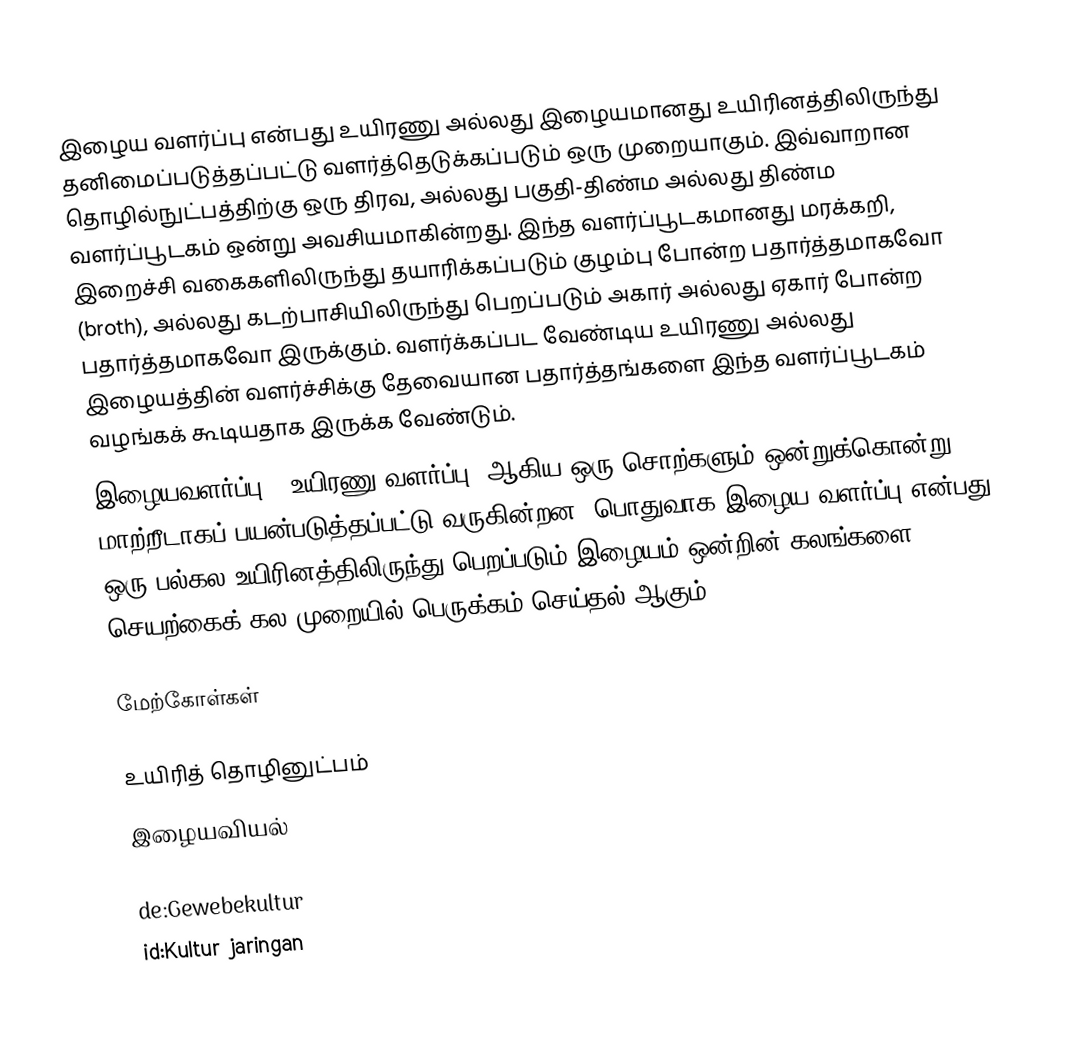
இழைய வளர்ப்பு என்பது உயிரணு அல்லது இழையமானது உயிரினத்திலிருந்து தனிமைப்படுத்தப்பட்டு வளர்த்தெடுக்கப்படும் ஒரு முறையாகும். இவ்வாறான தொழில்நுட்பத்திற்கு ஒரு திரவ, அல்லது பகுதி-திண்ம அல்லது திண்ம வளர்ப்பூடகம் ஒன்று அவசியமாகின்றது. இந்த வளர்ப்பூடகமானது மரக்கறி, இறைச்சி வகைகளிலிருந்து தயாரிக்கப்படும் குழம்பு போன்ற பதார்த்தமாகவோ (broth), அல்லது கடற்பாசியிலிருந்து பெறப்படும் அகார் அல்லது ஏகார் போன்ற பதார்த்தமாகவோ இருக்கும். வளர்க்கப்பட வேண்டிய உயிரணு அல்லது இழையத்தின் வளர்ச்சிக்கு தேவையான பதார்த்தங்களை இந்த வளர்ப்பூடகம் வழங்கக் கூடியதாக இருக்க வேண்டும்.
இழையவளர்ப்பு, 'உயிரணு வளர்ப்பு' ஆகிய ஒரு சொற்களும் ஒன்றுக்கொன்று மாற்றீடாகப் பயன்படுத்தப்பட்டு வருகின்றன. பொதுவாக இழைய வளர்ப்பு என்பது ஒரு பல்கல உயிரினத்திலிருந்து பெறப்படும் இழையம் ஒன்றின் கலங்களை செயற்கைக் கல முறையில் பெருக்கம் செய்தல் ஆகும்.

மேற்கோள்கள்

உயிரித் தொழினுட்பம்
இழையவியல்

de:Gewebekultur
id:Kultur jaringan